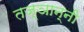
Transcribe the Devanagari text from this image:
तज्ञान्नी